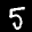
Label: 5